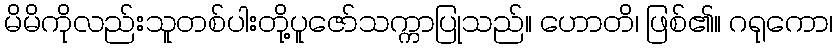
မိမိကိုလည်းသူတစ်ပါးတို့ပူဇော်သက္ကာပြုသည်။ ဟောတိ၊ ဖြစ်၏။ ဂရုကော၊